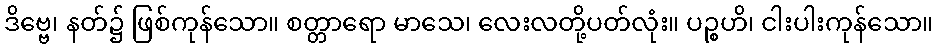
ဒိဗ္ဗေ၊ နတ်၌ ဖြစ်ကုန်သော။ စတ္တာရော မာသေ၊ လေးလတို့ပတ်လုံး။ ပဉ္စဟိ၊ ငါးပါးကုန်သော။